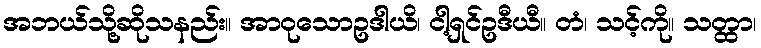
အဘယ်သို့ဆိုသနည်း။ အာဝုသောဥဒါယိ၊ ငါ့ရှင်ဥဒီယီ။ တံ၊ သင့်ကို။ သတ္ထာ၊